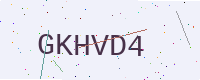
Text: GKHVD4